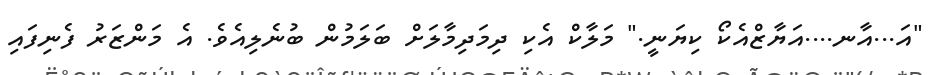
"އަ...އާނ....އަޔާޒްއެކޯ ކިޔަނީ." މަލާކް އެކި ދިމަދިމާލަށް ބަލަމުން ބުނެލިއެވެ. އެ މަންޒަރު ފެނިފައި